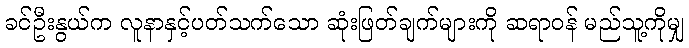
ခင်ဦးနွယ်က လူနာနှင့်ပတ်သက်သော ဆုံးဖြတ်ချက်များကို ဆရာဝန် မည်သူ့ကိုမျှ